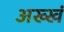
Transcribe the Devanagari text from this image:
अख्खं